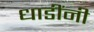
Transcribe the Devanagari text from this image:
धाडींनी